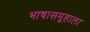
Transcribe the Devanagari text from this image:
भाषासमूहाला